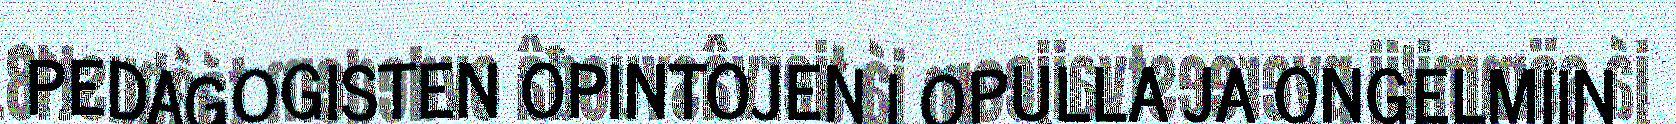
PEDAGOGISTEN OPINTOJEN LOPULLA JA ONGELMIIN